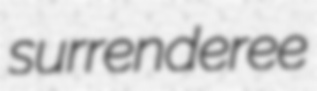
surrenderee